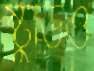
ষ্টুডিও